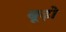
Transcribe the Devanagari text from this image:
बूढ़ो